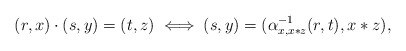
\begin{align*}(r,x)\cdot (s,y)=(t,z)\iff(s,y)=(\alpha^{-1}_{x,x*z}(r,t),x*z),\end{align*}